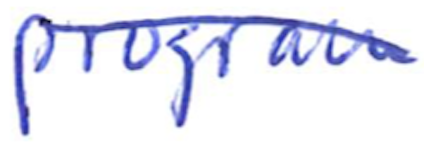
Text: program
Cross-out: diagonal
Writing tool: ballpoint